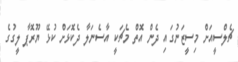
ޗެލްސީއަށް މިސީޒަނުގައި ދެން އޮތް މެޗަކީ އާސެނަލާ ދެކޮޅަށް ކުޅޭ ޔޫރޮޕާ ލީގުގެ